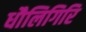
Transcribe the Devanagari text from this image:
धौलिगिरि